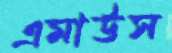
এমাউস